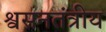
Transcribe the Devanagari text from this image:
श्वसनतंत्रीय